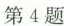
第4题